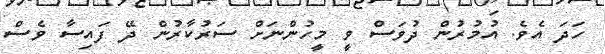
ހަދަ އެވެ. އުމުރުން ދުވަސް ވީ މީހުންނަށް ސަރުކާރުން ދޭ ފައިސާ ވެސް